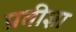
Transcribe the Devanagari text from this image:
प्रतीज्ञा